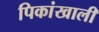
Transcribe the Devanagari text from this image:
पिकांखाली